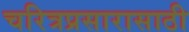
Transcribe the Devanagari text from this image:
चरित्रप्रसारासाठी